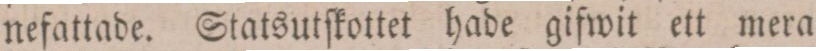
nefattade. Statsutſkottet hade gifwit ett mera